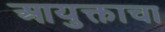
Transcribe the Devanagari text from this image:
आयुक्ताचा